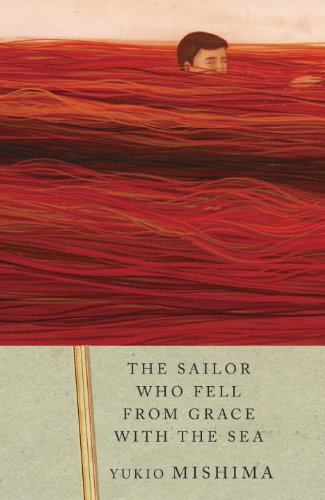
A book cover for The Sailor Who Fell from Grace with the Sea; Yukio Mishima; Literature & Fiction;